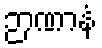
ဉာဏာနံ